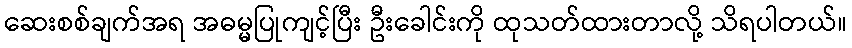
ဆေးစစ်ချက်အရ အဓမ္မပြုကျင့်ပြီး ဦးခေါင်းကို ထုသတ်ထားတာလို့ သိရပါတယ်။